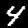
Digit: 4